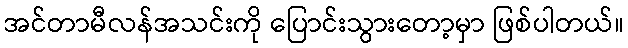
အင်တာမီလန်အသင်းကို ပြောင်းသွားတော့မှာ ဖြစ်ပါတယ်။